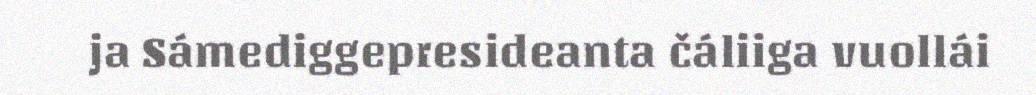
ja Sámediggepresideanta čáliiga vuollái